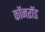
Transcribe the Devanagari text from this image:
कॉनरॉड